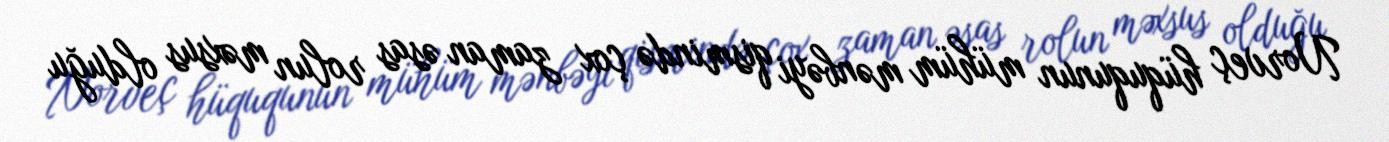
Norveç hüququnun mühüm mənbəyi qismində çox zaman əsas rolun məxsus olduğu